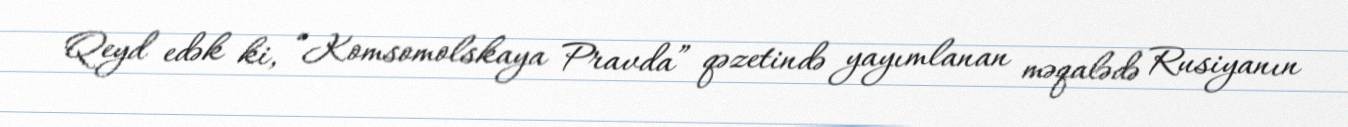
Qeyd edək ki, “Komsomolskaya Pravda” qəzetində yayımlanan məqalədə Rusiyanın